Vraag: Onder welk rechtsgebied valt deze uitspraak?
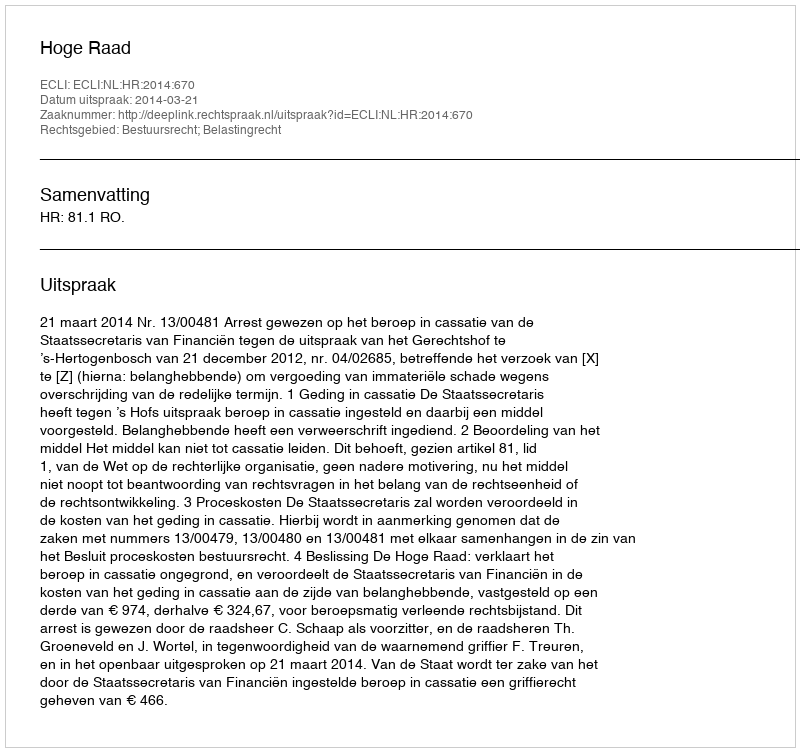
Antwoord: Bestuursrecht; Belastingrecht